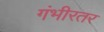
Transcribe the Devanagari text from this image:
गंभीरतर